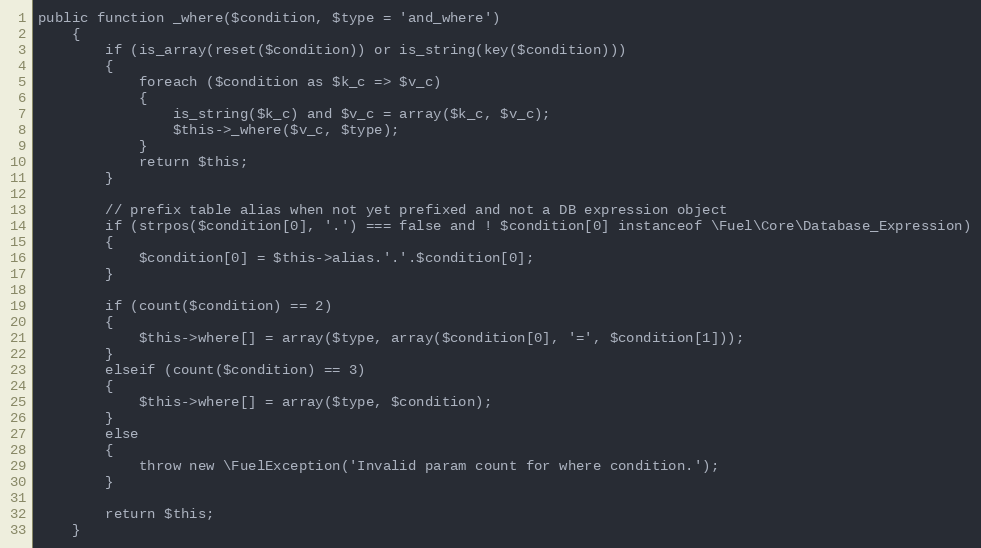
Language: PHP
public function _where($condition, $type = 'and_where')
	{
		if (is_array(reset($condition)) or is_string(key($condition)))
		{
			foreach ($condition as $k_c => $v_c)
			{
				is_string($k_c) and $v_c = array($k_c, $v_c);
				$this->_where($v_c, $type);
			}
			return $this;
		}

		// prefix table alias when not yet prefixed and not a DB expression object
		if (strpos($condition[0], '.') === false and ! $condition[0] instanceof \Fuel\Core\Database_Expression)
		{
			$condition[0] = $this->alias.'.'.$condition[0];
		}

		if (count($condition) == 2)
		{
			$this->where[] = array($type, array($condition[0], '=', $condition[1]));
		}
		elseif (count($condition) == 3)
		{
			$this->where[] = array($type, $condition);
		}
		else
		{
			throw new \FuelException('Invalid param count for where condition.');
		}

		return $this;
	}